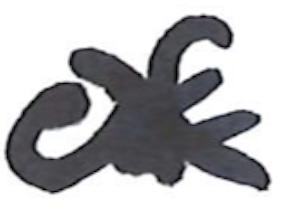
Text: of
Cross-out: cross
Writing tool: marker